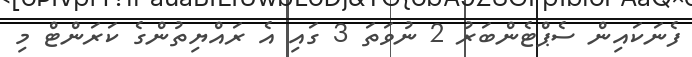
ފެނަކައިން ސެޕްޓެންބަރު 2 ނުވަތަ 3 ގައި އެ ރައްޔިތުންގެ ކަރަންޓް މި